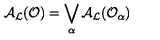
{ \cal A } _ { \cal L } ( { \cal O } ) = \bigvee _ { \alpha } { \cal A } _ { \cal L } ( { \cal O } _ { \alpha } )